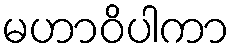
မဟာဝိပါကာ